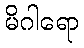
မိဂါရော